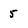
Character: 5